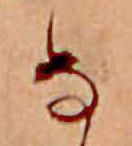
な